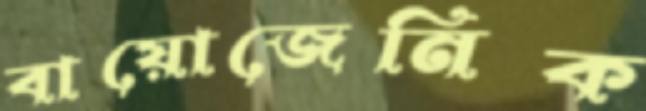
বায়োজেনিক